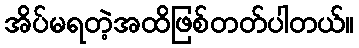
အိပ်မရတဲ့အထိဖြစ်တတ်ပါတယ်။